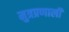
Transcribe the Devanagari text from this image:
मुत्रप्रणाली